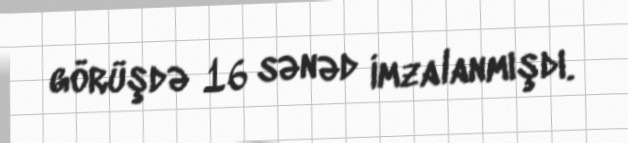
görüşdə 16 sənəd imzalanmışdı.